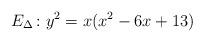
LaTeX: \begin{align*}E_\Delta\colon y^2 = x(x^2 - 6x + 13)\end{align*}